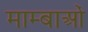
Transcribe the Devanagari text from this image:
माम्बाओं